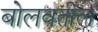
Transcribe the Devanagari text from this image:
बोलवतील